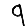
Digit: 9